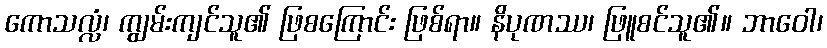
ကောသလ္လံ၊ ကျွမ်းကျင်သူ၏ ဖြစကြောင်း ဖြစ်ရာ။ နိပုဏဿ၊ ဖြူစင်သူ၏။ ဘာဝေါ၊